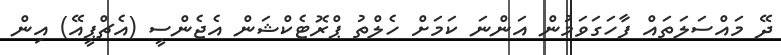
ދޭ މައްސަލަތައް ފާހަގަވަމުން އަންނަ ކަމަށް ހެލްތު ޕްރޮޓެކްޝަން އެޖެންސީ (އެޗްޕީއޭ) އިން